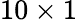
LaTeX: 10\times 1